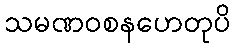
သမဏဝစနဟေတုပိ